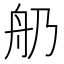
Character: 𦨋